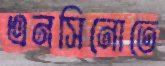
এনসিনোতে